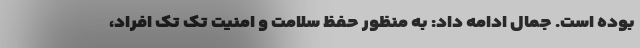
بوده است. جمال ادامه داد: به منظور حفظ سلامت و امنیت تک تک افراد،